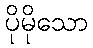
ပိုမိုသော